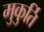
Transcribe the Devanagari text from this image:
मुकुर्ति